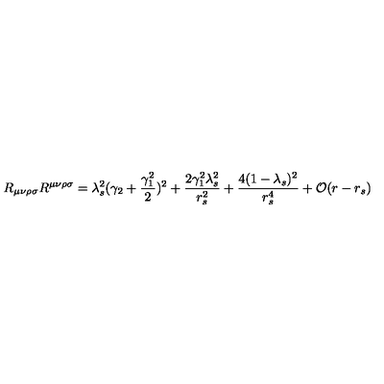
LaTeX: R _ { \mu \nu \rho \sigma } R ^ { \mu \nu \rho \sigma } = \lambda _ { s } ^ { 2 } ( \gamma _ { 2 } + \frac { \gamma _ { 1 } ^ { 2 } } { 2 } ) ^ { 2 } + \frac { 2 \gamma _ { 1 } ^ { 2 } \lambda _ { s } ^ { 2 } } { r _ { s } ^ { 2 } } + \frac { 4 ( 1 - \lambda _ { s } ) ^ { 2 } } { r _ { s } ^ { 4 } } + { \cal { O } } ( r - r _ { s } )